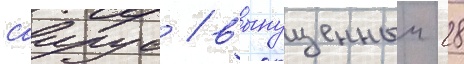
саирус / выпущенныи 28